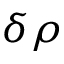
\delta \rho